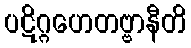
ပဋိဂ္ဂဟေတဗ္ဗာနီတိ